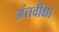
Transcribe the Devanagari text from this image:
अंतर्वीक्षा